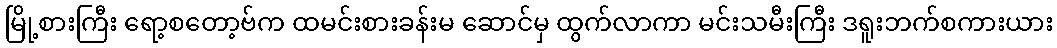
မြို့စားကြီး ရော့စတော့ဗ်က ထမင်းစားခန်းမ ဆောင်မှ ထွက်လာကာ မင်းသမီးကြီး ဒရူးဘက်စကားယား